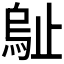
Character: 𣦑